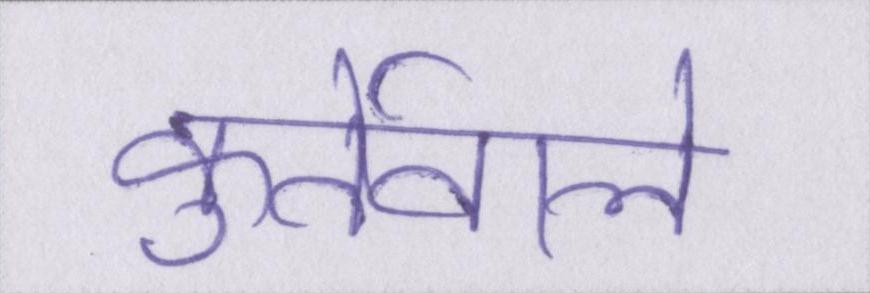
कुर्तेवाले